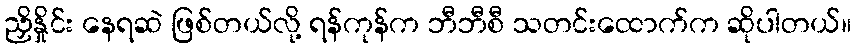
ညှိနှိုင်း နေရဆဲ ဖြစ်တယ်လို့ ရန်ကုန်က ဘီဘီစီ သတင်းထောက်က ဆိုပါတယ်။